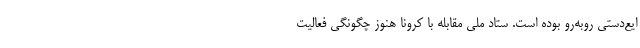
ایع‌دستی روبه‌رو بوده است. ستاد ملی مقابله با کرونا هنوز چگونگی فعالیت